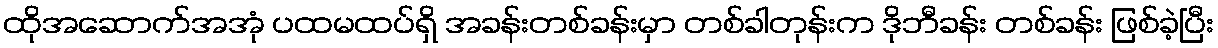
ထိုအဆောက်အအုံ ပထမထပ်ရှိ အခန်းတစ်ခန်းမှာ တစ်ခါတုန်းက ဒိုဘီခန်း တစ်ခန်း ဖြစ်ခဲ့ပြီး